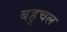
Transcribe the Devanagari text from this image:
बहुचल